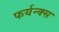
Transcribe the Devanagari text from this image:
फर्यन्क्स